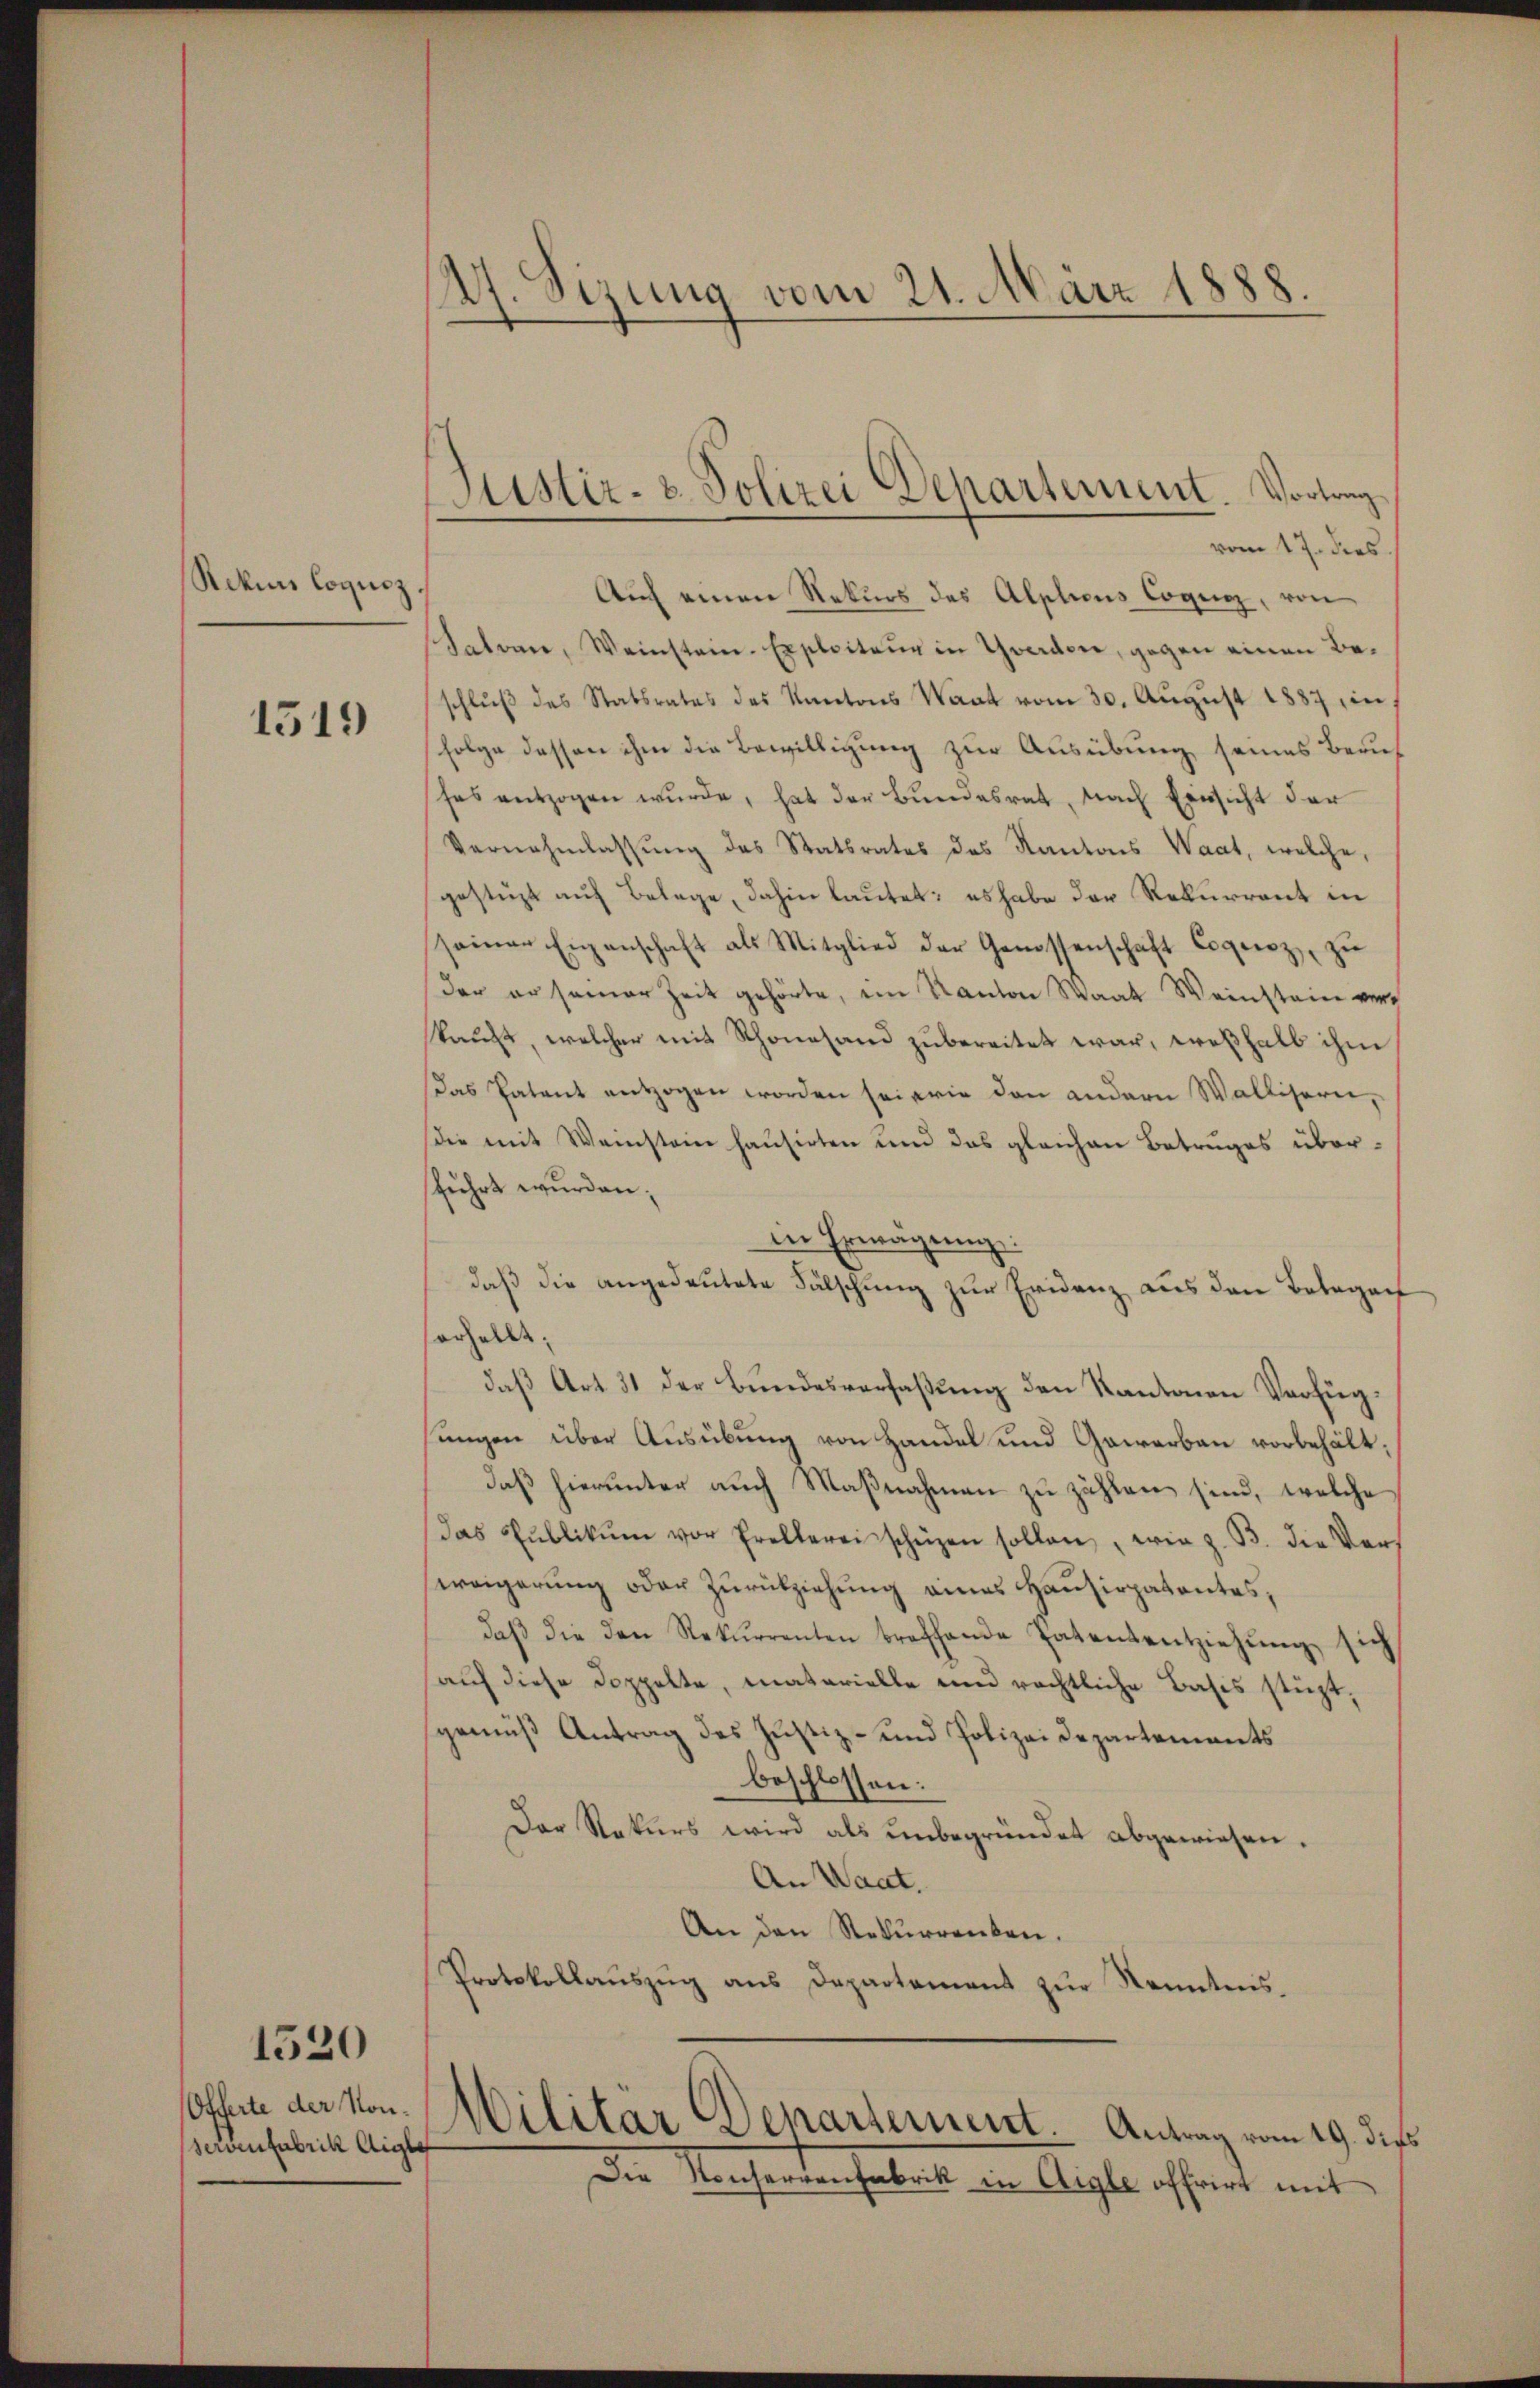
Rekurs loquiz.

1519

Offerte der Konservenfabrik Aigl

1520

dh. Sizung vom 21. März 1888.

Justiz- & Polizei Departement. Vortrag
Auf einen Rekurs des Alptions Cogng, von

vom 17. dies
Satvan, Weinstein-Exploitaŭr in Yverden, gegen einen Beschlŭβ des Statsrates des Kantons Waat vom 30. Aŭgŭst 1887 in
folge dessen ihm die Bewilligung zur Ausübung seines Zürich
ses entzogen wŭrde, hat der Bŭndesrat, nach Einsicht der
Vernahmlassung des Statsrates des Kantons Waat, welche,
gestüzt auf Belege, dahin lautet: es habe der Rekurrent in
seiner Eigenschaft als Mitglied der Genossenschaft Cognicz zŭ
der er seiner Zeit gehörte, im Kanton Waat Weinsteien verkauft, welcher mit Schönesand zubereitet war, weßhalb ihm
Das Patent entzogen worden sei wie den andern Wallisern,
die mit Weinstein hausirten und das gleichen Betruges übersführt wurden;
in Erwägung:
daß die angedeutete Fälschung zur Evidenz aus den Belaganf
erhellt;
daß Art 31 der Bundesverfaßung den Kantonen Verfügsungen über Ausübung von Handel und Gewerbau vorbehält,
daß hierunter auch Maßnahmen zu zählen sind, welche
Das Pŭblikŭm vor Prellerei schüzen sollen, wie z. B. die Ver-
weigerung oder Zurückziehung eines Hausirpatentes,
daβ die den Rekurrenten breffende Patententziehung sich
auf diese Doppelte, materielle und rechtliche Basis stüzt,
gemäß Antrag des Justiz- und Polizei Departements
beschlossen:
Der Rekurs wird als unbegründet abgewiesen.
An Waat.
An den Rekurrenten.
Protokollaŭszŭg ans Departement zŭr Kenntnis

Militar Departement. Antrag vom 19. dies

Die Konservenfabrik in Aigle offrirt mit